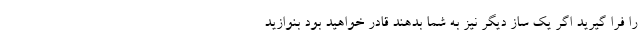
را فرا گیرید اگر یک ساز دیگر نیز به شما بدهند قادر خواهید بود بنوازید